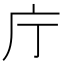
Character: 庁